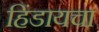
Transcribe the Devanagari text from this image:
हिंडायचा